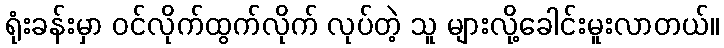
ရုံးခန်းမှာ ဝင်လိုက်ထွက်လိုက် လုပ်တဲ့ သူ များလို့ခေါင်းမူးလာတယ်။